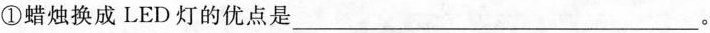
①蜡烛换成LED灯的优点是___。